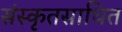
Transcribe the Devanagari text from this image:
संस्कृतसाधित